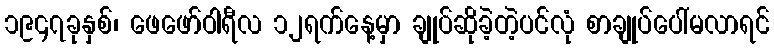
၁၉၄၇ခုနှစ်၊ ဖေဖော်ဝါရီလ ၁၂ရက်နေ့မှာ ချုပ်ဆိုခဲ့တဲ့ပင်လုံ စာချုပ်ပေါ်မလာရင်